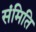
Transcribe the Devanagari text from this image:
संमिति